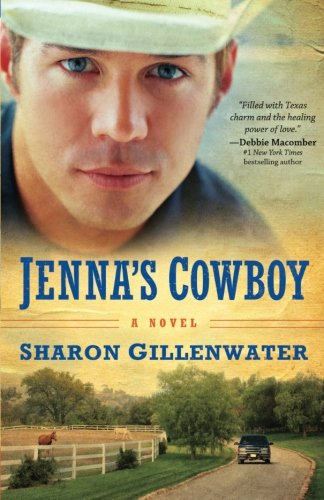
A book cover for Jenna's Cowboy: A Novel (The Callahans of Texas) (Volume 1); Sharon Gillenwater; Christian Books & Bibles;